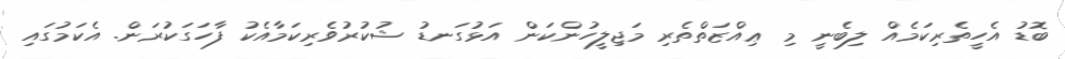
ބޮޑު އެހީތެރިކަމެއް ލިބެނީ މި ޢިއްޒަތްތެރި މަޖިލީހުންކަން އަޅުގަނޑު ޝުކުރުވެރިކަމާއެކު ފާހަގަކުރަން. އެކަމުގައި